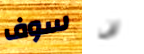
سوف لن